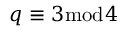
q \equiv 3 { \bmod { 4 } }